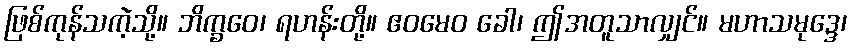
ဖြစ်ကုန်သကဲ့သို့။ ဘိက္ခဝေ၊ ရဟန်းတို့။ ဧဝမေဝ ခေါ၊ ဤအတူသာလျှင်။ မဟာသမုဒ္ဒေ၊